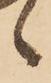
候